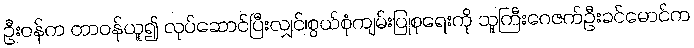
ဦးဝန်က တာဝန်ယူ၍ လုပ်ဆောင်ပြီးလျှင်၊စွယ်စုံကျမ်းပြုစုရေးကို သူကြီးဂေဇက်ဦးခင်မောင်က